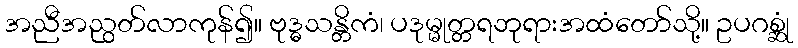
အညီအညွတ်လာကုန်၍။ ဗုဒ္ဓသန္တိကံ၊ ပဒုမ္မုတ္တရဘုရားအထံတော်သို့။ ဥပဂစ္ဆုံ